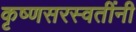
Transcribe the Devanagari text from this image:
कृष्णसरस्वतींनी